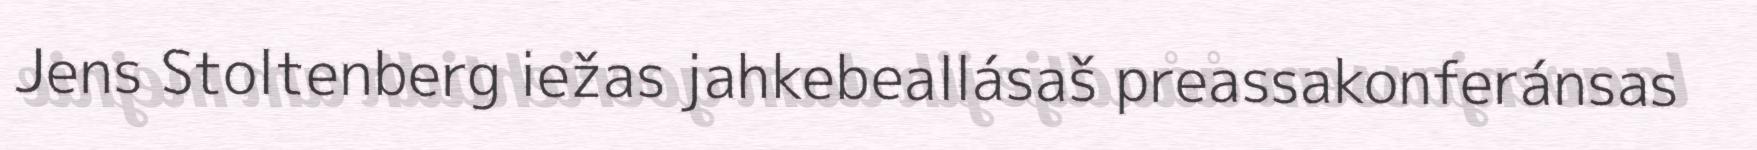
Jens Stoltenberg iežas jahkebeallásaš preassakonferánsas